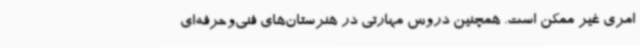
امری غیر ممکن است. همچنین دروس مهارتی در هنرستان‌های فنی‌وحرفه‌ای